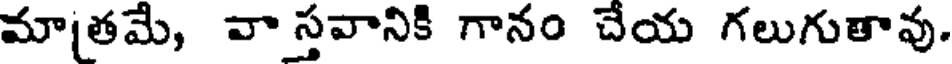
మాతమే, వా స్తవానికి గానం చేయ గలుగుతావు.